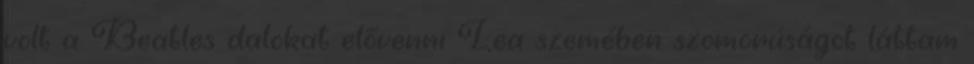
volt a Beatles dalokat elővenni Lea szemében szomorúságot láttam